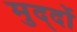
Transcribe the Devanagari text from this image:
मुद्‍दों